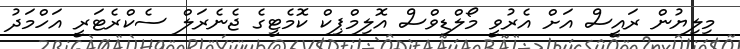
މިލިޔުން ރައީސް އަށް އެރުވީ މޯލްޑިވްސް އޮލިމްޕިކް ކޮމެޓީގެ ޖެނެރަލް ސެކްރެޓަރީ އަހްމަދު